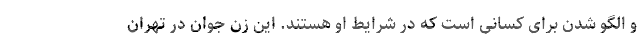
و الگو شدن برای کسانی است که در شرایط او هستند. این زن جوان در تهران